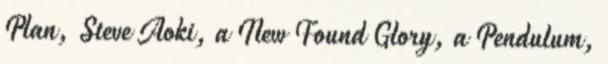
Plan, Steve Aoki, a New Found Glory, a Pendulum,